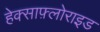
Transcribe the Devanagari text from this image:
हेक्साफ़्लोराइड